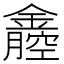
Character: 𨭒